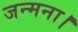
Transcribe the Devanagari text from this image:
जन्मना।